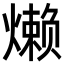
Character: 𬋍